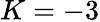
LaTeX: K=-3